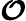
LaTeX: \boldsymbol{\mathcal{O}}